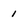
Character: 1